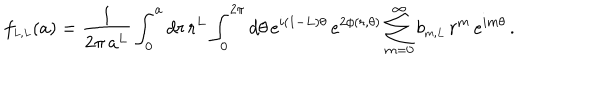
LaTeX: f _ { \scriptscriptstyle { L , L } } ( a ) = \frac { 1 } { 2 \pi \, a ^ { L } } \int _ { 0 } ^ { a } d r \, r ^ { L } \int _ { 0 } ^ { 2 \pi } d \theta \, e ^ { i ( 1 - L ) \theta } \, e ^ { 2 \phi ( r , \theta ) } \sum _ { m = 0 } ^ { \infty } b _ { \scriptscriptstyle { m , L } } \, r ^ { m } \, e ^ { i m \theta } \, .